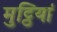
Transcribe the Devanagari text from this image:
मुट्ठियां